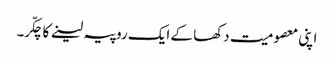
اپنی معصومیت دکھا کے ایک روپیہ لینے کا چکّر۔